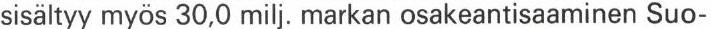
sisältyy myös 30,0 milj. markan osakeantisaaminen Suo-